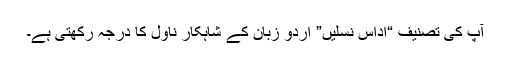
آپ کی تصنیف “اداس نسلیں” اردو زبان کے شاہکار ناول کا درجہ رکھتی ہے۔